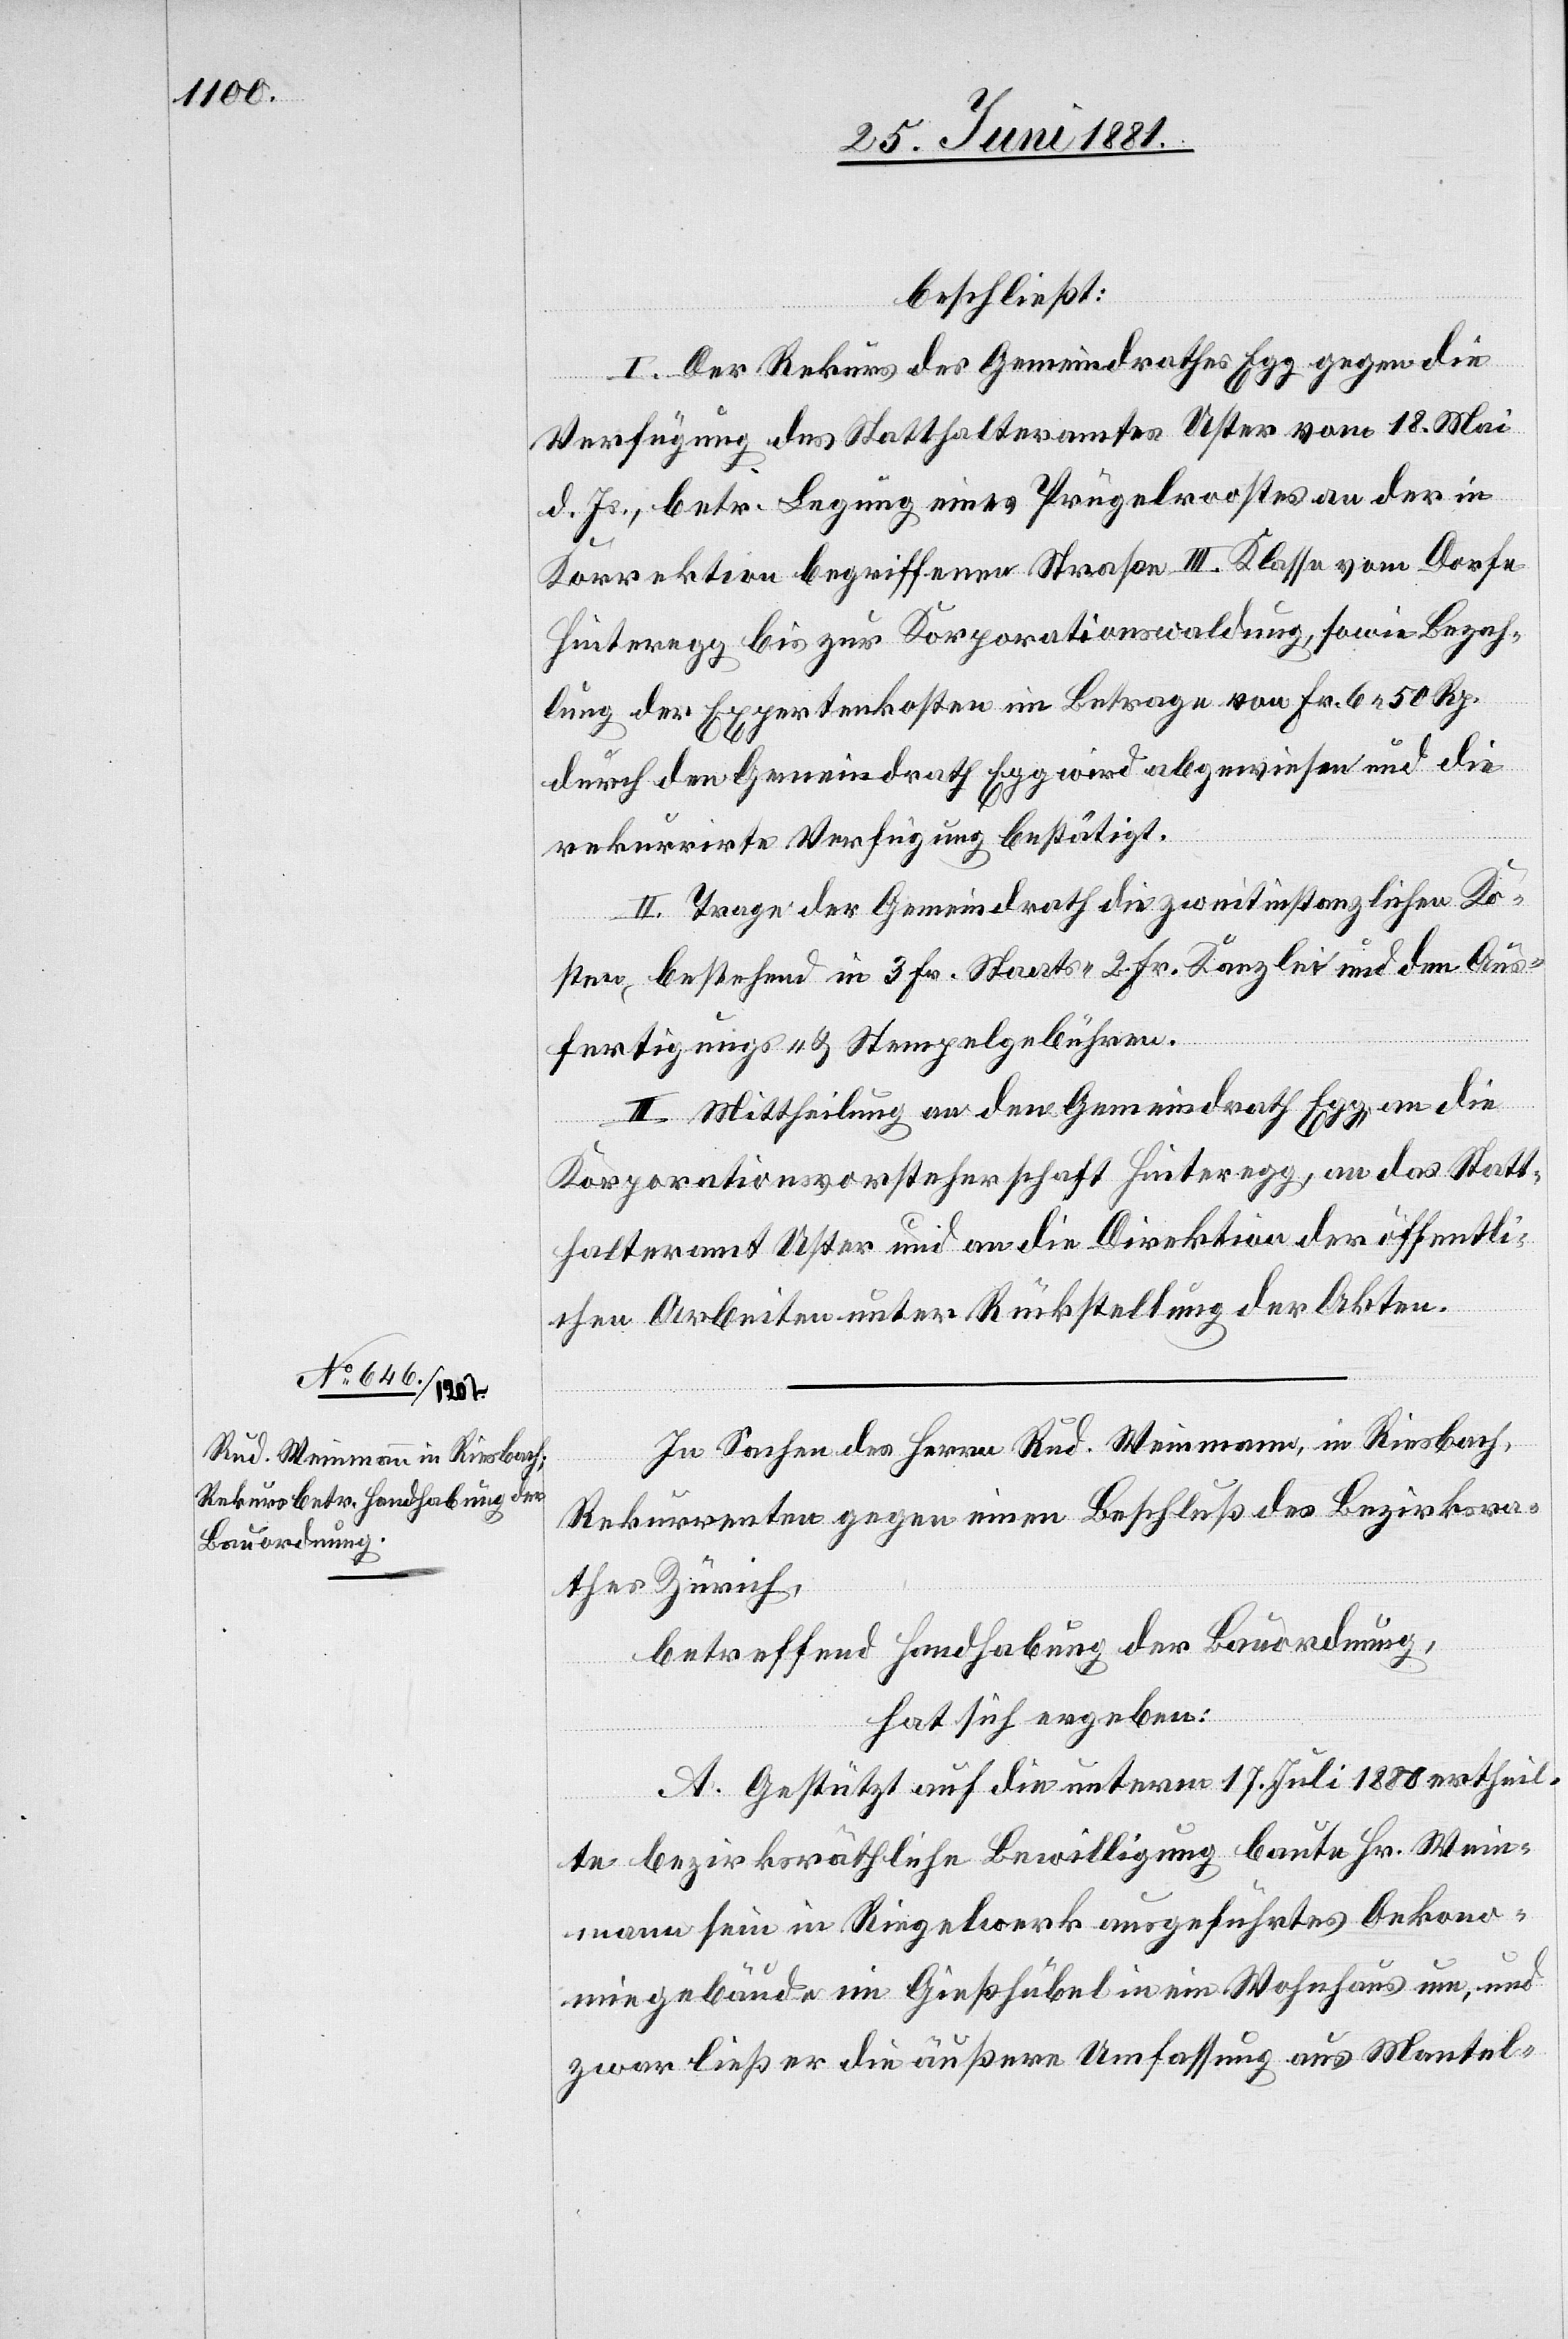
beschließt:
I. Der Rekurs des Gemeindrathes Egg gegen die
Verfügung des Statthalteramtes Uster vom 18. Mai
d. Js., betr. Legung eines Prügelroostes an der in
Korrektion begriffenen Straße III. Klasse vom Dorfe
Hinteregg bis zur Korporationswaldung, sowie Bezah¬
lung der Expertenkosten im Betrage von Fr. 6 50 Rp.
durch den Gemeindrath Egg wird abgewiesen und die
rekurrirte Verfügung bestätigt.
II. Trage der Gemeindrath die zweitinstanzlichen Ko¬
sten, bestehend in 3 Fr. Staats- 2 Fr. Kanzlei[-] und den Aus¬
fertigungs- & Stempelgebühren.
III. Mittheilung an den Gemeindrath Egg, an die
Korporationsvorsteherschaft Hinteregg, an das Statt¬
halteramt Uster und an die Direktion der öffentli¬
chen Arbeiten unter Rückstellung der Akten.
In Sachen des Herrn Rud. Weinmann, in Riesbach,
Rekurrenten gegen einen Beschluß des Bezirksra¬
thes Zürich,
betreffend Handhabung der Bauordnung,
hat sich ergeben:
A. Gestützt auf die unterm 17. Juli 1880 ertheil¬
te bezirksräthliche Bewilligung baute Hr. Wein¬
mann sein in Riegelwerk ausgeführtes Oekono¬
miegebäude im Gießhübel in ein Wohnhaus um, und
zwar ließ er die äußere Umfassung aus Mantel-